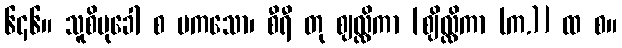
၆၄၆။ သူစိမုခေါ စ မကသော၊ စီရီ တု ဈလ္လိကာ [ဈိလ္လိကာ (က.)] ထ စ။